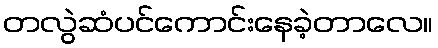
တလွဲဆံပင်ကောင်းနေခဲ့တာလေ။